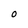
Character: 0